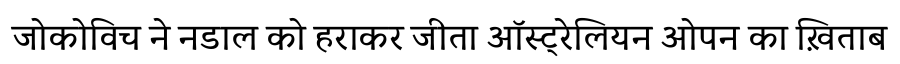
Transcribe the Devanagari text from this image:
जोकोविच ने नडाल को हराकर जीता ऑस्ट्रेलियन ओपन का ख़िताब